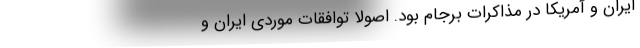
ایران و آمریکا در مذاکراتِ برجام بود. اصولاً توافقات موردی ایران و